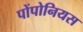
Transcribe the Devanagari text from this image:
पोंपोनियस